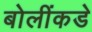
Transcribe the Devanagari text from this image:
बोलींकडे